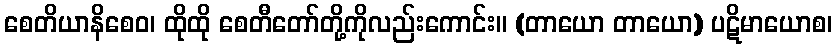
စေတိယာနိစေဝ၊ ထိုထို စေတီတော်တို့ကိုလည်းကောင်း။ (တာယော တာယော) ပဋိမာယောစ၊